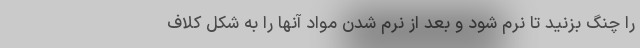
را چنگ بزنید تا نرم شود و بعد از نرم شدن مواد آنها را به شکل کلاف